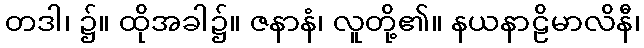
တဒါ၊ ၌။ ထိုအခါ၌။ ဇနာနံ၊ လူတို့၏။ နယနာဠိမာလိနီ၊